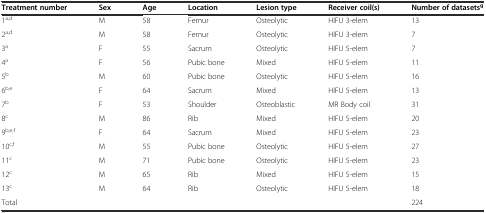
| Treatment number | Sex | Age | Location | Lesion type | Receiver coil(s) | Number of datasetsg |
 | --- | --- | --- | --- | --- | --- | --- |
 | 1a,d | M | 58 | Femur | Osteolytic | HIFU 3-elem | 13 |
 | 2a,d | M | 58 | Femur | Osteolytic | HIFU 3-elem | 7 |
 | 3a | F | 55 | Sacrum | Osteolytic | HIFU 5-elem | 7 |
 | 4a | F | 56 | Pubic bone | Mixed | HIFU 5-elem | 11 |
 | 5b | M | 60 | Pubic bone | Osteolytic | HIFU 5-elem | 16 |
 | 6b,e | F | 64 | Sacrum | Mixed | HIFU 5-elem | 13 |
 | 7b | F | 53 | Shoulder | Osteoblastic | MR Body coil | 31 |
 | 8c | M | 86 | Rib | Mixed | HIFU 5-elem | 20 |
 | 9b,e,f | F | 64 | Sacrum | Mixed | HIFU 5-elem | 23 |
 | 10c,f | M | 55 | Pubic bone | Osteolytic | HIFU 5-elem | 27 |
 | 11c | M | 71 | Pubic bone | Osteolytic | HIFU 5-elem | 23 |
 | 12c | M | 65 | Rib | Mixed | HIFU 5-elem | 15 |
 | 13c | M | 64 | Rib | Osteolytic | HIFU 5-elem | 18 |
 | Total |  |  |  |  |  | 224 |